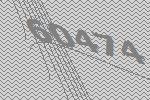
60474